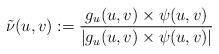
LaTeX: \begin{align*} \tilde\nu(u,v):= \frac{g_u(u,v)\times \psi(u,v)}{|g_u(u,v)\times \psi(u,v)|} \end{align*}